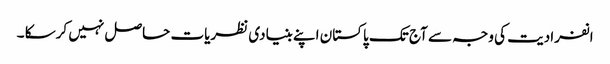
انفرادیت کی وجہ سے آج تک پاکستان اپنے بنیادی نظریات حاصل نہیں کرسکا ۔